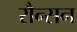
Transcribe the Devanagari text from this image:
रौन्सन